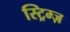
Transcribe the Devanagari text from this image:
स्ट्रिम्ज़